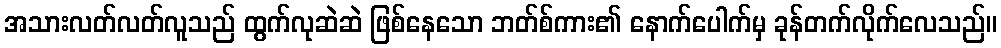
အသားလတ်လတ်လူသည် ထွက်လုဆဲဆဲ ဖြစ်နေသော ဘတ်စ်ကား၏ နောက်ပေါက်မှ ခုန်တက်လိုက်လေသည်။